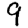
Digit: 9